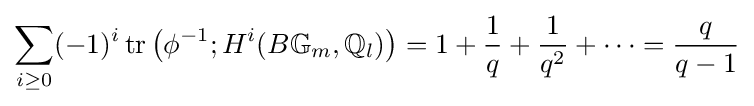
\sum _{i\geq 0}(-1)^{i}\operatorname {tr} \left(\phi ^{-1};H^{i}(B\mathbb {G} _{m},\mathbb {Q} _{l})\right)=1+{\frac {1}{q}}+{\frac {1}{q^{2}}}+\cdots ={\frac {q}{q-1}}